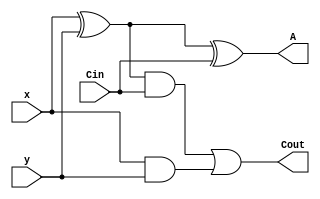

module SomadorCompleto1Bit(x, y, Cin , Cout, A);
input x, y, Cin;
output Cout, A;
assign A = (x ^ y) ^ Cin;
assign Cout = ((x ^ y) & Cin) | (x & y);
endmodule